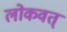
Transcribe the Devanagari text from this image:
लोकवत्